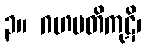
၃။ ဂဟပတိကုဋိ၊